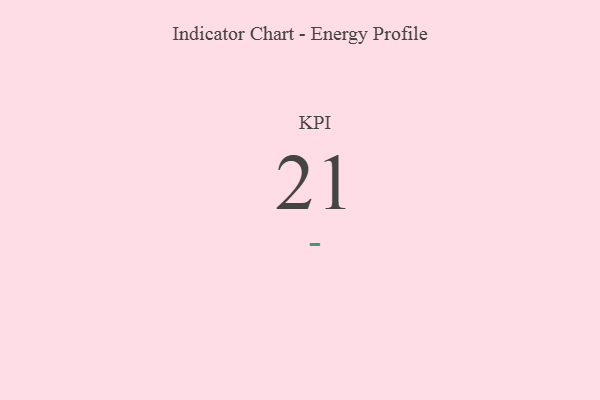
{"axis": {"x": "KPI", "y": "Value"}, "legend": [""], "data": [{"x": "KPI", "y": 21, "type": ""}]}